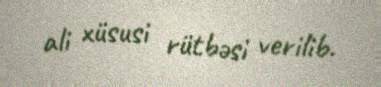
ali xüsusi rütbəsi verilib.